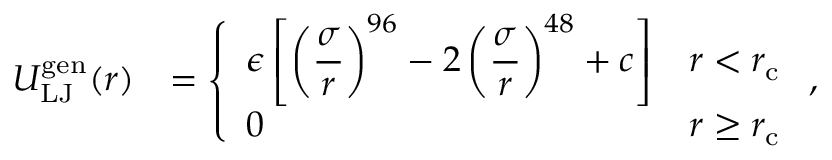
\begin{array} { r l } { U _ { \mathrm { L J } } ^ { \mathrm { g e n } } ( r ) } & { = \left\{ \begin{array} { l l } { \displaystyle \epsilon \left[ \left( \frac { \sigma } { r } \right) ^ { 9 6 } - 2 \left( \frac { \sigma } { r } \right) ^ { 4 8 } + c \right] } & { r < r _ { \mathrm { c } } } \\ { 0 } & { r \ge r _ { \mathrm { c } } } \end{array} \right. , } \end{array}